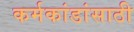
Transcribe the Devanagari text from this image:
कर्मकांडांसाठी